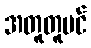
အတူတူပင်